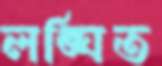
লঙ্ঘিত